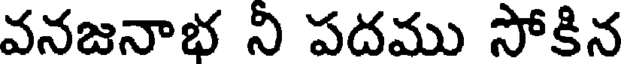
వనజనాభ ని పదము సోకిన